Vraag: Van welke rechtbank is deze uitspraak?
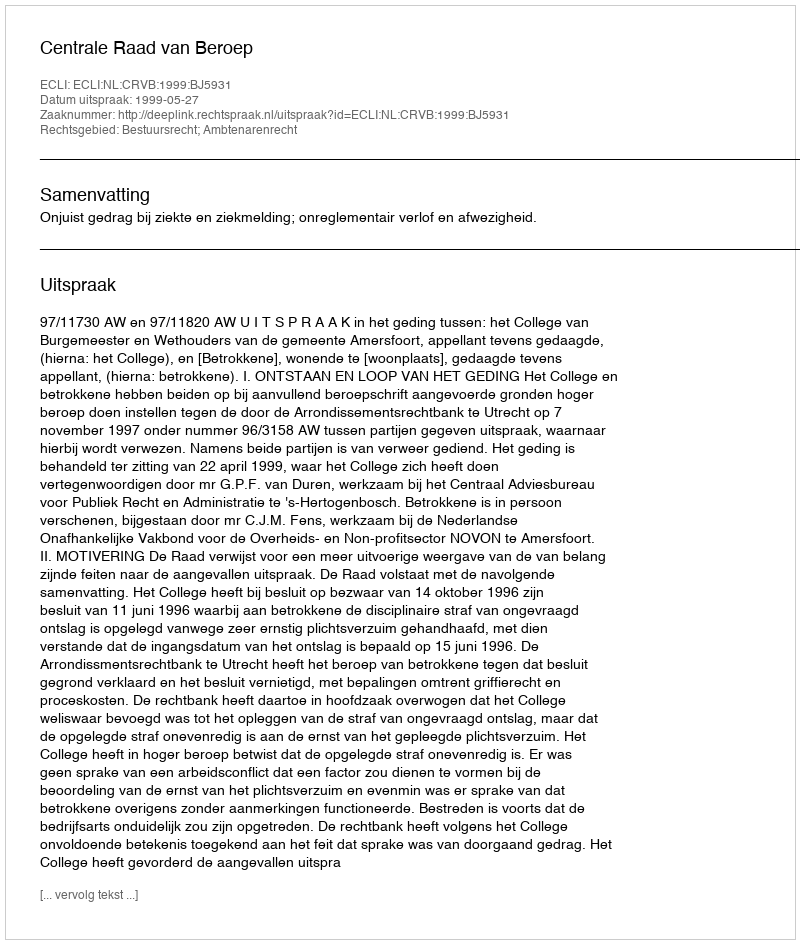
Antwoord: Centrale Raad van Beroep